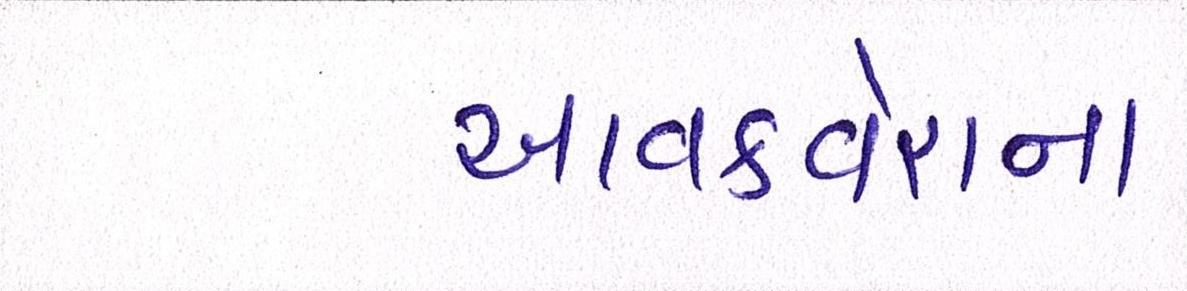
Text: આવકવેરાના